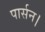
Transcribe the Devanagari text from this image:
पार्सन।